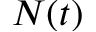
N ( t )